Annual administration report of the Civil Veterinary Department of India - 1896-1897
Year: 1896
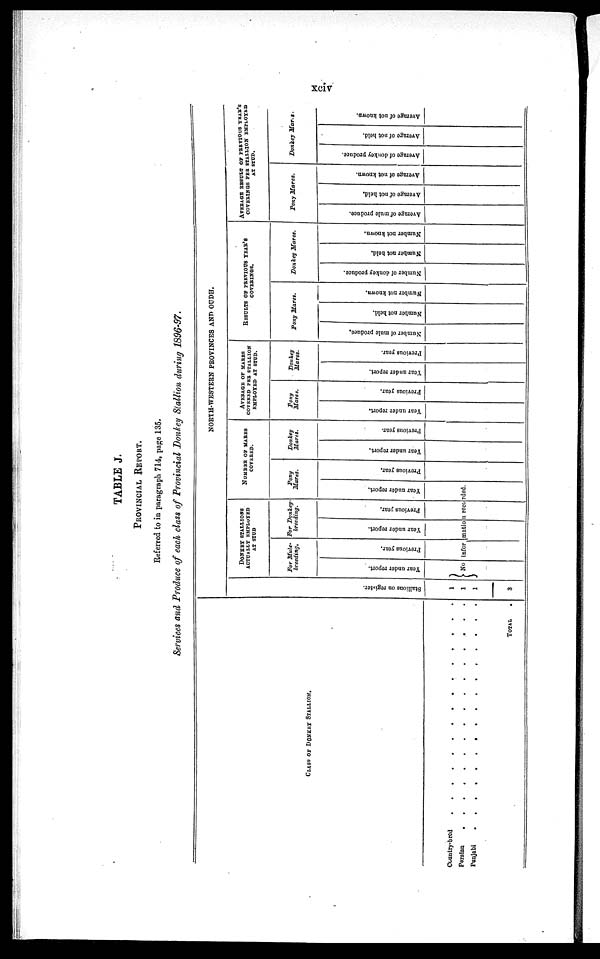
xciv
TABLE J.
PROVINCIAL REPORT.
Referred to in paragraph 714, page 135.
Services and Produce of each class of Provincial Donkey Stallion during 1896-97.
CLASS OF DONKEY STALLION.
Country-bred . . . . . . . . . . . . . . .
Persian . . . . . . . . . . . . . . . .
Punjabi . . . . . . . . . . . . . . . .
TOTAL .
NORTH-WESTERN PROVINCES AND OUDH.
St al l
i
ons on register.
1
1
1
3
DONKEY STALLIONS
ACTUALLY EMPLOYED
AT STUD
For Mule-
breeding.
Year under report.
Previous year.
For Donkey-
breeding.
Year under report.
Previous year.
NUMER OF MARES
COVERED.
Pony
Mares.
Year under report.
No information recorded.
Previous year.
Donkey
Mares.
Year under report.
Previous year.
AVERAGE OF MARES
COVERED PER STALLION
EMPLOYED AT STUD.
Pony
Mares.
Year under report.
Previous year.
Donkey
Mares.
Year under report.
Previous year.
RESULTS OF PREVIOUS YEAR'S COVERINGS..
Pony Mares.
Number of mule produce.
Number not held.
Number not known.
Donkey Mares.
Number of donkey produce.
Number not held.
Number not known.
AVERAGE RESULT OF PERVIOUS YEAR'S
COVERINGS PER STALLION EMPLOYED
AT STUD.
Pony Mares.
Average
of mule produce.
Average of not held.
Average of not known.
Donkey Mares.
Average of donkey produce.
Average of not held.
Average of not known.